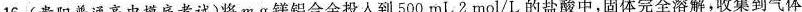
16.(贵阳普通高中摸底考试)将m g镁铝合金投人到500mL 2mol/L的盐酸中，固体完全溶解，收集到气体